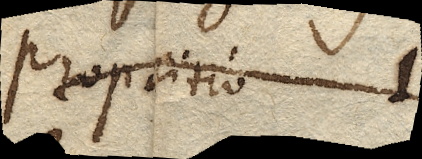
Propositio 1.